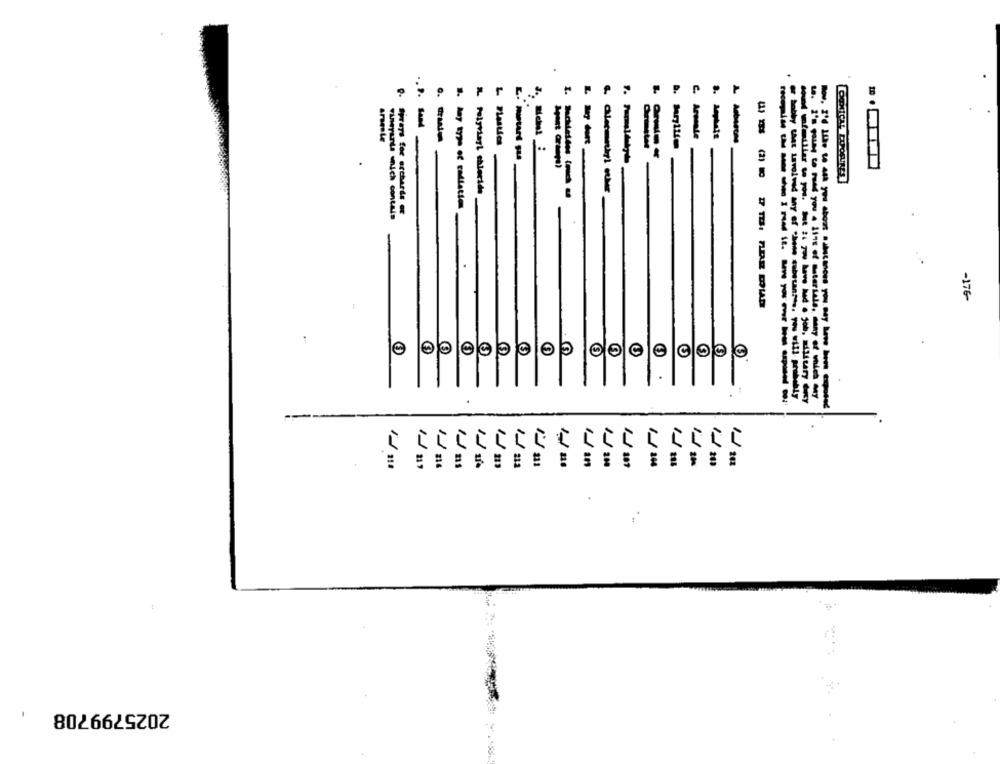
e
1
.. 2.
D.
Aromale
arsente
----
Foiprisyi chieride
vineyards enich contain
Sprays for orchards er
-176-
C
1
2025799708